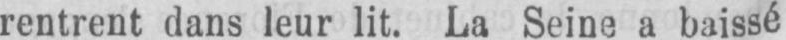
rentrent dans leur lit. La Seine a baissé